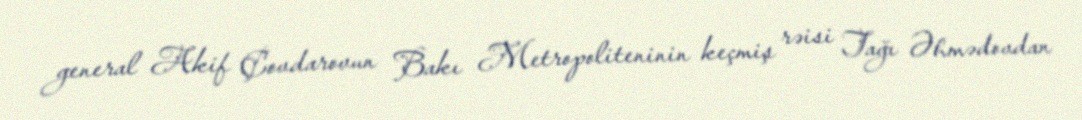
general Akif Çovdarovun Bakı Metropoliteninin keçmiş rəisi Tağı Əhmədovdan